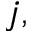
j ,